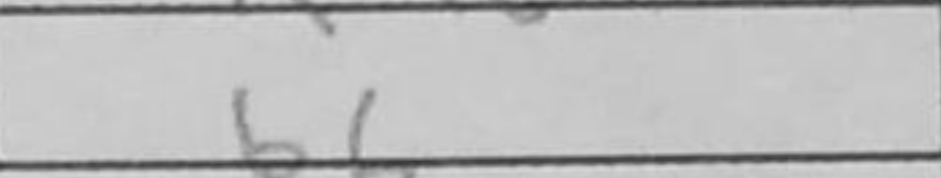
Transcription: b6